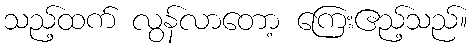
သည့်ထက် လွန်လာတော့ ကြေးဧည့်သည်။